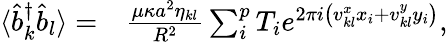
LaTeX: \begin{array}{rl}{\langle\hat{b}_{k}^{\dagger}\hat{b}_{l}\rangle=}&{{}\frac{\mu\kappa a^{2}\eta_{kl}}{R^{2}}\sum_{i}^{p}T_{i}e^{2\pi i\left(v_{kl}^{x}x_{i}+v_{kl}^{y}y_{i}\right)},}\end{array}